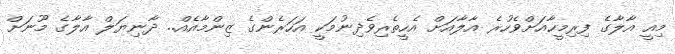
މިއީ އާލާގެ ފިރިމީހާއަށްވެހުރެ އާލާއަށް އެހީތެރިވެދިނުމަކީ އަހަރެންގެ ޒިންމާއެއް.. ދާނިޔަލް އާލާގެ މޫނަށް